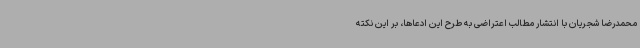
محمدرضا شجریان با انتشار مطالب اعتراضی به طرح این ادعاها، بر این نکته